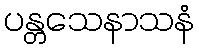
ပန္တသေနာသနံ